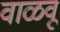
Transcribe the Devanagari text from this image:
वाळवू